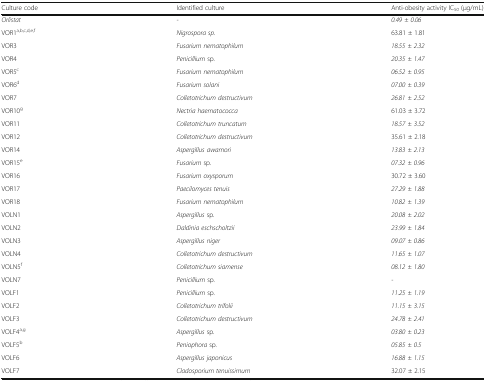
<table><thead><tr><td><b>Culture code</b></td><td><b>Identified culture</b></td><td><b>Anti-obesity activity IC<sub>50</sub> (μg/mL)</b></td></tr></thead><tbody><tr><td><i>Orlistat</i></td><td><i>-</i></td><td><i>0.49 ± 0.06</i></td></tr><tr><td>VOR1<sup>a,b,c,d,e,f</sup></td><td><i>Nigrospora sp.</i></td><td>63.81 ± 1.81</td></tr><tr><td>VOR3</td><td><i>Fusarium nematophilum</i></td><td><i>18.55 ± 2.32</i></td></tr><tr><td>VOR4</td><td><i>Penicillium</i> sp.</td><td><i>20.35 ± 1.47</i></td></tr><tr><td>VOR5<sup>c</sup></td><td><i>Fusarium nematophilum</i></td><td><i>06.52 ± 0.95</i></td></tr><tr><td>VOR6<sup>d</sup></td><td><i>Fusarium solani</i></td><td><i>07.00 ± 0.39</i></td></tr><tr><td>VOR7</td><td><i>Colletotrichum destructivum</i></td><td><i>26.81 ± 2.52</i></td></tr><tr><td>VOR10<sup>g</sup></td><td><i>Nectria haematococca</i></td><td>61.03 ± 3.72</td></tr><tr><td>VOR11</td><td><i>Colletotrichum truncatum</i></td><td><i>18.57 ± 3.52</i></td></tr><tr><td>VOR12</td><td><i>Colletotrichum destructivum</i></td><td>35.61 ± 2.18</td></tr><tr><td>VOR14</td><td><i>Aspergillus awamori</i></td><td><i>13.83 ± 2.13</i></td></tr><tr><td>VOR15<sup>e</sup></td><td><i>Fusarium</i> sp.</td><td><i>07.32 ± 0.96</i></td></tr><tr><td>VOR16</td><td><i>Fusarium oxysporum</i></td><td>30.72 ± 3.60</td></tr><tr><td>VOR17</td><td><i>Paecilomyces tenuis</i></td><td><i>27.29 ± 1.88</i></td></tr><tr><td>VOR18</td><td><i>Fusarium nematophilum</i></td><td><i>10.82 ± 1.39</i></td></tr><tr><td>VOLN1</td><td><i>Aspergillus</i> sp.</td><td><i>20.08 ± 2.02</i></td></tr><tr><td>VOLN2</td><td><i>Daldinia eschscholtzii</i></td><td><i>23.99 ± 1.84</i></td></tr><tr><td>VOLN3</td><td><i>Aspergillus niger</i></td><td><i>09.07 ± 0.86</i></td></tr><tr><td>VOLN4</td><td><i>Colletotrichum destructivum</i></td><td><i>11.65 ± 1.07</i></td></tr><tr><td>VOLN5<sup>f</sup></td><td><i>Colletotrichum siamense</i></td><td><i>08.12 ± 1.80</i></td></tr><tr><td>VOLN7</td><td><i>Penicillium</i> sp.</td><td><i>-</i></td></tr><tr><td>VOLF1</td><td><i>Penicillium</i> sp.</td><td><i>11.25 ± 1.19</i></td></tr><tr><td>VOLF2</td><td><i>Colletotrichum trifolii</i></td><td><i>11.15 ± 3.15</i></td></tr><tr><td>VOLF3</td><td><i>Colletotrichum destructivum</i></td><td><i>24.78 ± 2.41</i></td></tr><tr><td>VOLF4<sup>a,g</sup></td><td><i>Aspergillus</i> sp.</td><td><i>03.80 ± 0.23</i></td></tr><tr><td>VOLF5<sup>b</sup></td><td><i>Peniophora</i> sp.</td><td><i>05.85 ± 0.5</i></td></tr><tr><td>VOLF6</td><td><i>Aspergillus japonicus</i></td><td><i>16.88 ± 1.15</i></td></tr><tr><td>VOLF7</td><td><i>Cladosporium tenuissimum</i></td><td>32.07 ± 2.15</td></tr></tbody></table>